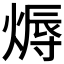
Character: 𤍇